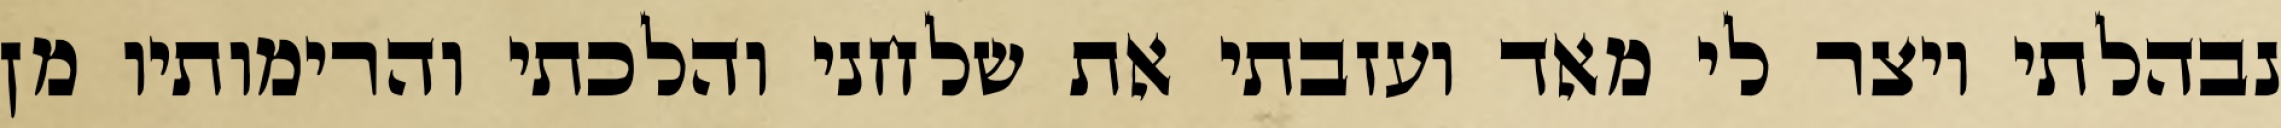
נבהלתי ויצר לי מאד ועזבתי את שלחני והלכתי והרימותיו מן